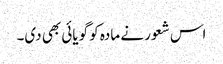
اس شعور نے مادہ کو گویائی بھی دی۔